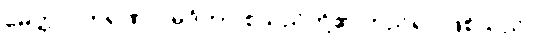
မေတ္တာ၊ ကရုဏာ၊ မုဒိတာ စသည်တို့၏ တည်ရာ ဖြစ်သည်။